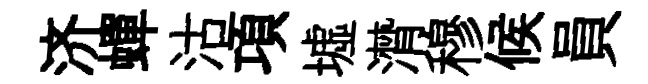
济蟬沽項墟潸穆候員